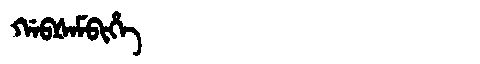
Manchu: ᡤᠠᠪᡧᠠᠮᠪᡳᡥᡝ
Romanization: GABŠAMBIHE